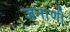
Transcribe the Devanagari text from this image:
जनाणी